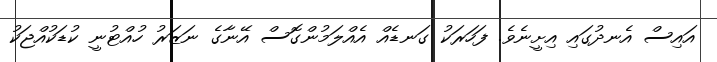
އައިސް އެނދުގައި އިށީނެވެ. ފަހަރަކު ގަނޑެއް އެއްލަމުންގޮސް އޭނާގެ ނަޒަރު ހުއްޓުނީ ކުޑަކުއްޖަކު